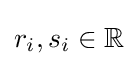
r_{i},s_{i}\in \mathbb {R}